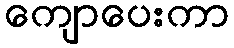
ကျောပေးကာ